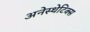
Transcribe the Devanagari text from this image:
अनेस्थेटिक्स